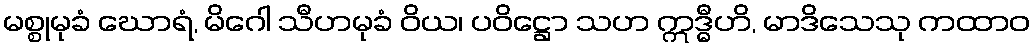
မစ္စုမုခံ ဃောရံ, မိဂေါ သီဟမုခံ ဝိယ၊ ပဝိဋ္ဌော သဟ ဣဒ္ဓီဟိ, မာဒိသေသု ကထာဝ